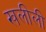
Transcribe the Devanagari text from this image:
खलीली